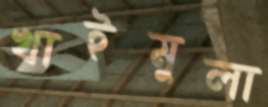
খাইমুলা